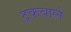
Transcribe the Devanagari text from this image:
ट्रकवाले